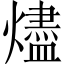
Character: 燼